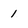
Character: 1